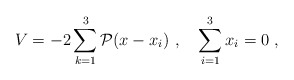
\begin{align*}V = -2 \sum^3_{k=1} {\cal P} (x - x_i) \ ,\quad \sum^3_{i=1} x_i = 0 \ ,\end{align*}